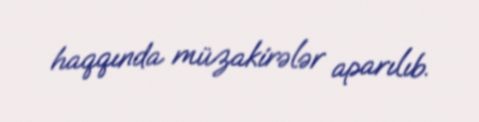
haqqında müzakirələr aparılıb.